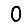
Digit: 0